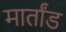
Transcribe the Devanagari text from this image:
मार्तांड